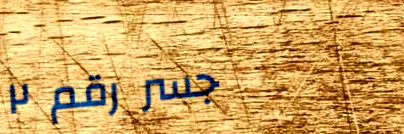
جسر رقم ٢